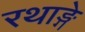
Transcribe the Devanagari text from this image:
रथाङ्गे